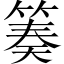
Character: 𥯪